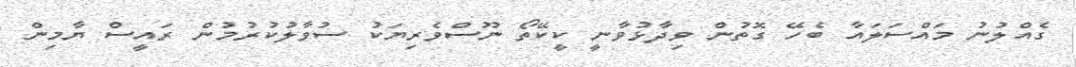
ގެއްލުނު މައްސަލައާ ބެހޭ ގޮތުން ވިދާޅުވާނީ ކީކޭތޯ ނޫސްވެރިޔަކު ސުވާލުކުރުމުން ރައީސް ޔާާމިން